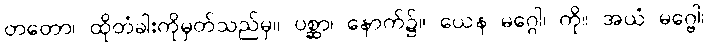
တတော၊ ထိုတံခါးကိုမှတ်သည်မှ။ ပစ္ဆာ၊ နောက်၌။ ယေန မဂ္ဂေါ၊ ကို။ အယံ မဂ္ဗေါ၊